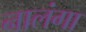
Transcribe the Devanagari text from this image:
नालंगा